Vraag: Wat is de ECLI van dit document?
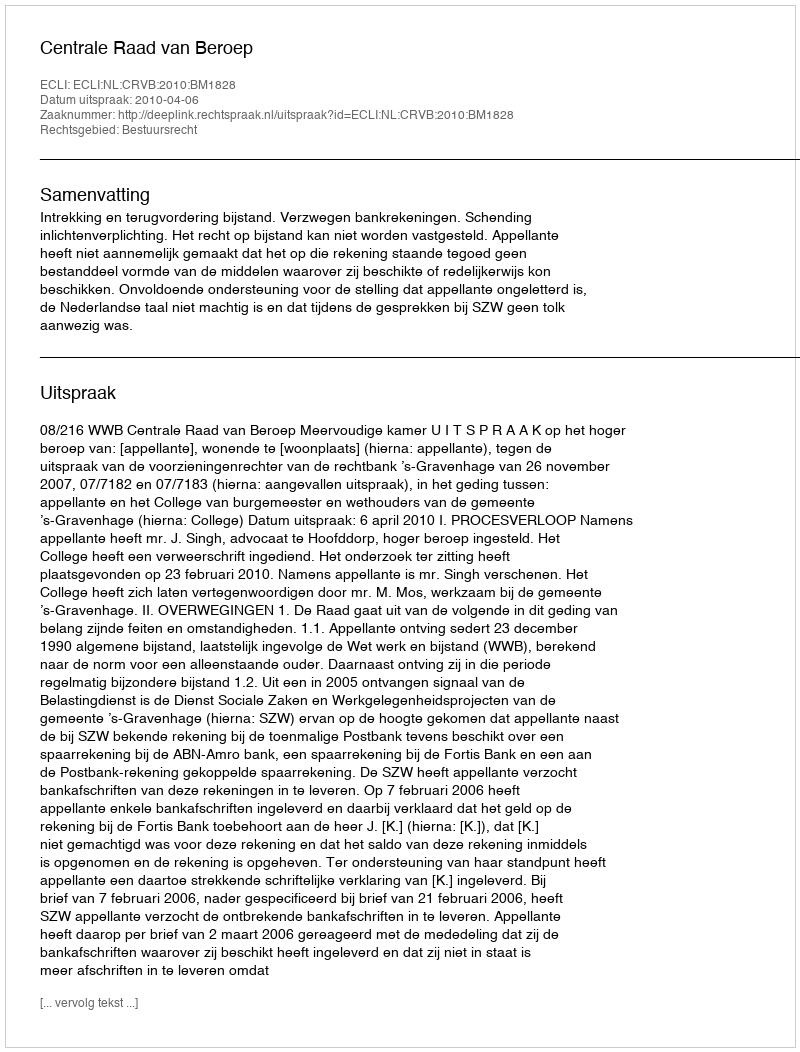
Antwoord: ECLI:NL:CRVB:2010:BM1828